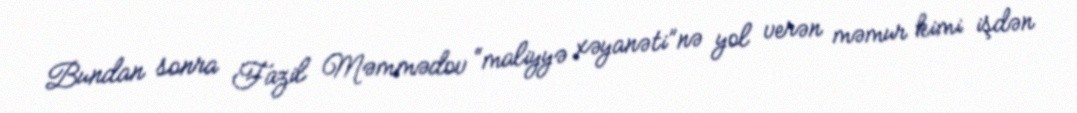
Bundan sonra Fazil Məmmədov “maliyyə xəyanəti”nə yol verən məmur kimi işdən